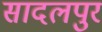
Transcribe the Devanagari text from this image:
सादलपुर